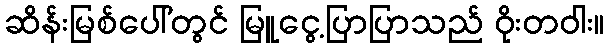
ဆိန်းမြစ်ပေါ်တွင် မြူငွေ့ပြာပြာသည် ဝိုးတဝါး။